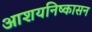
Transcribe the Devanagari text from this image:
आशयनिष्कासन